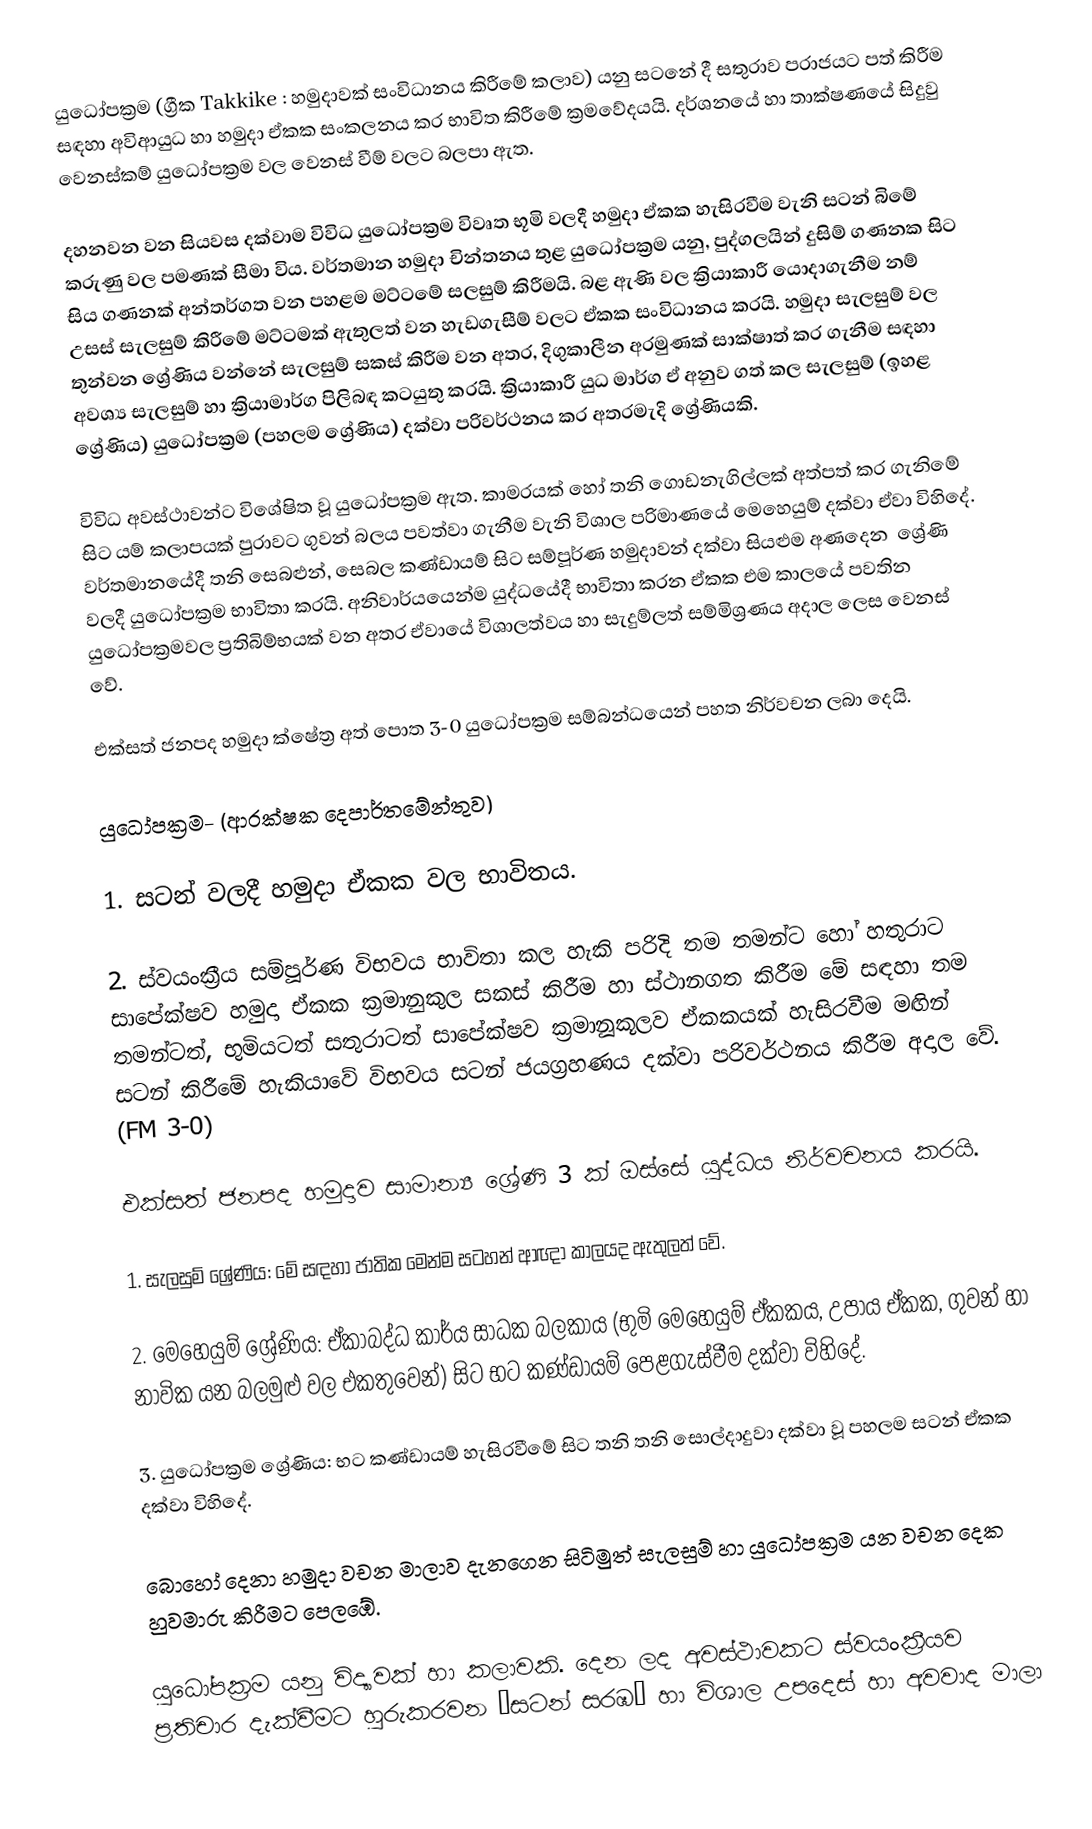
යුධෝපක්‍රම (ග්‍රීක  Takkike : හමුදාවක් සංවිධානය කිරීමේ කලාව) යනු සටනේ දී සතුරාව පරාජයට පත් කිරීම සඳහා අවිආයුධ හා හමුදා ඒකක සංකලනය කර භාවිත කිරීමේ ක්‍රමවේදයයි. දර්ශනයේ හා තාක්ෂණයේ සිදුවු වෙනස්කම් යුධෝපක්‍රම වල වෙනස් වීම් වලට බලපා ඇත.

දහනවන වන සියවස දක්වාම විවිධ යුධෝපක්‍රම විවෘත භූමි වලදී හමුදා ඒකක හැසිරවීම වැනි සටන් බිමේ කරුණු වල පමණක් සීමා විය. වර්තමාන හමුදා චින්තනය තුළ යුධෝපක්‍රම යනු, පුද්ගලයින් දුසිම් ගණනක සිට සිය ගණනක් අන්තර්ගත වන පහළම මට්‍ටමේ සලසුම් කිරීමයි. බළ ඇණි වල ක්‍රියාකාරී යොදාගැනීම නම් උසස් සැලසුම් කිරීමේ මට්ටමක් ඇතුලත් වන හැඩගැසීම් වලට ඒකක  සංවිධානය කරයි. හමුදා සැලසුම් වල තුන්වන ශ්‍රේණිය වන්නේ සැලසුම් සකස් කිරීම වන අතර, දිගුකාලීන අරමුණක් සාක්ෂාත් කර ගැනීම සඳහා අවශ්‍ය සැලසුම් හා ක්‍රියාමාර්ග පිලිබඳ කටයුතු කරයි. ක්‍රියාකාරී යුධ මාර්ග ඒ අනුව ගත් කල සැලසුම් (ඉහළ ශ්‍රේණිය) යුධෝපක්‍රම (පහලම ශ්‍රේණිය) දක්වා පරිවර්ථනය කර අතරමැදි ශ්‍රේණියකි.

විවිධ අවස්ථාවන්ට විශේෂිත වූ යුධෝපක්‍රම ඇත. කාමරයක් හෝ තනි ගොඩනැගිල්ලක් අත්පත් කර ගැනිමේ සිට යම් කලාපයක් පුරාවට ගුවන් බලය පවත්වා ගැනීම වැනි විශාල පරිමාණයේ මෙහෙයුම් දක්වා  ඒවා විහිදේ. වර්තමානයේදී තනි සෙබළුන්, සෙබල කණ්ඩායම් සිට සම්පූර්ණ හමුදාවන් දක්වා සියළුම අණදෙන ‍ ශ්‍රේණි වලදී යුධෝපක්‍රම භාවිතා කරයි. අනිවාර්යයෙන්ම යුද්ධයේදී භාවිතා කරන ඒකක එම කාලයේ පවතින යුධෝපක්‍රමවල ප්‍රතිබිම්භයක් වන අතර ඒවායේ විශාලත්වය හා සැදුම්ලත් සම්මිශ්‍රණය අදාල ලෙස වෙනස් වේ.

එක්සත් ජනපද හමුදා ක්ෂේත්‍ර අත් පොත 3-0 යුධෝපක්‍රම සම්බන්ධයෙන් පහත නිර්වචන ලබා දෙයි.

යුධෝපක්‍රම- (ආරක්ෂක දෙපාර්තමේන්තුව)

1. සටන් වලදී හමුදා ඒකක වල භාවිතය.

2. ස්වයංක්‍රීය සම්පූර්ණ විභවය භාවිතා කල හැකි පරිදි තම තමන්ට හෝ හතුරාට සාපේක්ෂව හමුදා ඒකක ක්‍රමානුකුල සකස් කිරීම හා ස්ථානගත කිරීම මේ සඳහා තම තමන්ටත්, භුමියටත් සතුරාටත් සාපේක්ෂව ක්‍රමානූකූලව ඒකකයක් හැසිරවීම මඟින් සටන් කිරීමේ හැකියාවේ විභවය සටන් ජයග්‍රහණය දක්වා පරිවර්ථනය කිරීම අදාල වේ. (FM 3-0)

එක්සත් ජනපද හමුදාව සාමාන්‍ය ශ්‍රේණි 3 ක් ඔස්සේ යුද්ධය නිර්වචනය කරයි.

1.	සැලසුම් ශ්‍රේණිය: මේ සඳහා ජාතික මෙන්ම සටහන් ආඥා කාලයද ඇතුලත් වේ.

2.	මෙහෙයුම් ශ්‍රේණිය: ඒකාබද්ධ කාර්ය සාධක බලකාය (භුමි මෙහෙයුම් ඒකකය, උපාය ඒකක, ගුවන් හා නාවික යන බලමුළු වල එකතුවෙන්) සිට භට කණ්ඩායම් පෙළගැස්වීම දක්වා විහිදේ.

3.	යුධෝපක්‍රම ශ්‍රේණිය: භට කණ්ඩායම් හැසිරවීමේ සිට තනි තනි ‍සොල්දාදුවා දක්වා වූ පහලම සටන් ඒකක දක්වා විහිදේ.

බොහෝ දෙනා හමුදා වචන මාලාව දැනගෙන සිටිමුත් සැලසුම් හා යුධෝපක්‍රම යන වචන දෙක හුවමාරු කිරීමට පෙලඹේ.

යුධෝපක්‍රම යනු විද්‍යාවක් හා කලාවකි. දෙන ලද අවස්ථාවකට ස්වයංක්‍රීයව ප්‍රතිචාර දැක්වීමට හුරුකරවන ‘සටන් සරඹ’ හා විශාල උපදෙස් හා අවවාද මාලා